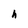
Character: h